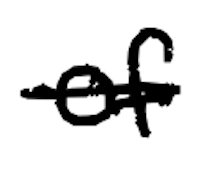
Text: of
Cross-out: single-line
Writing tool: digital_black